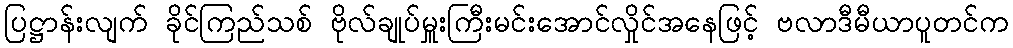
ပြဋ္ဌာန်းလျက် ခိုင်ကြည်သစ် ဗိုလ်ချုပ်မှူးကြီးမင်းအောင်လှိုင်အနေဖြင့် ဗလာဒီမီယာပူတင်က